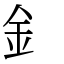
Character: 釒